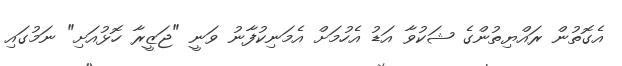
އެގޮތުން ރައްޔިތުންގެ ޝަކުވާ އަޑު އެހުމަށް އެމަނިކުފާނު ވަނީ "ޖަޒީރާ ހޮޅުއަށި" ނަމުގައި